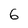
Character: 6